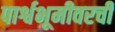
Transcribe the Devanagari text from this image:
पार्श्वभूमीवरची